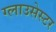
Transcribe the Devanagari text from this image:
ग्लाउसेस्टर